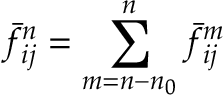
\bar { f } _ { i j } ^ { n } = \sum _ { m = n - n _ { 0 } } ^ { n } \bar { f } _ { i j } ^ { m }